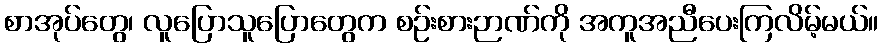
စာအုပ်တွေ၊ လူပြောသူပြောတွေက စဉ်းစားဉာဏ်ကို အကူအညီပေးကြလိမ့်မယ်။